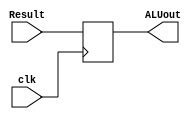
`timescale 1ns / 1ps
//////////////////////////////////////////////////////////////////////////////////
// Company: 
// Engineer: 
// 
// Design Name: 
// Module Name: ALUoutDR
// Project Name: 
// Target Devices: 
// Tool Versions: 
// Description: 
// 
// Dependencies: 
// 
// Revision:
// Revision 0.01 - File Created
// Additional Comments:
// 
//////////////////////////////////////////////////////////////////////////////////


module ALUoutDR(clk, Result, ALUout);
    input clk; // 
    input [31:0] Result; // 
    output reg [31:0] ALUout; // ALU
    
    always @(posedge clk) begin
        ALUout = Result;
    end
endmodule